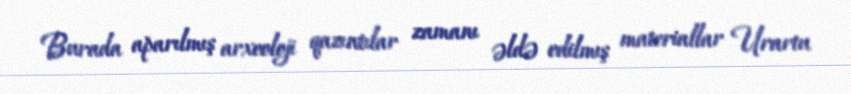
Burada aparılmış arxeoloji qazıntılar zamanı əldə edilmış materiallar Urartu